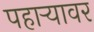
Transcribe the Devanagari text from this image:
पहाऱ्यावर